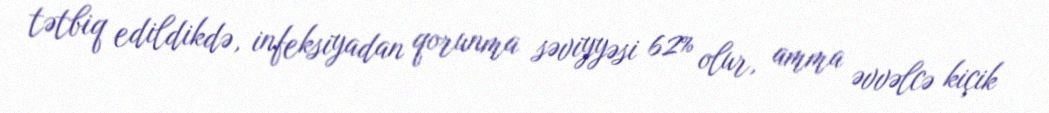
tətbiq edildikdə, infeksiyadan qorunma səviyyəsi 62% olur, amma əvvəlcə kiçik